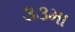
૩૩મા